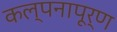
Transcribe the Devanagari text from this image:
कल्‍पनापूर्ण